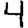
Digit: 4